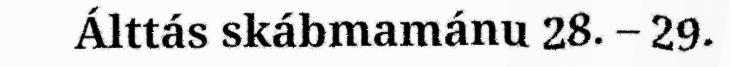
Álttás skábmamánu 28. – 29.